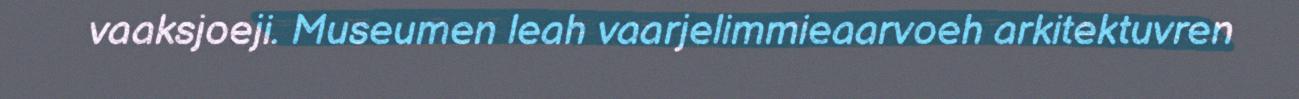
vaaksjoeji. Museumen leah vaarjelimmieaarvoeh arkitektuvren